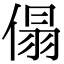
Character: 傝